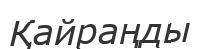
Қайраңды